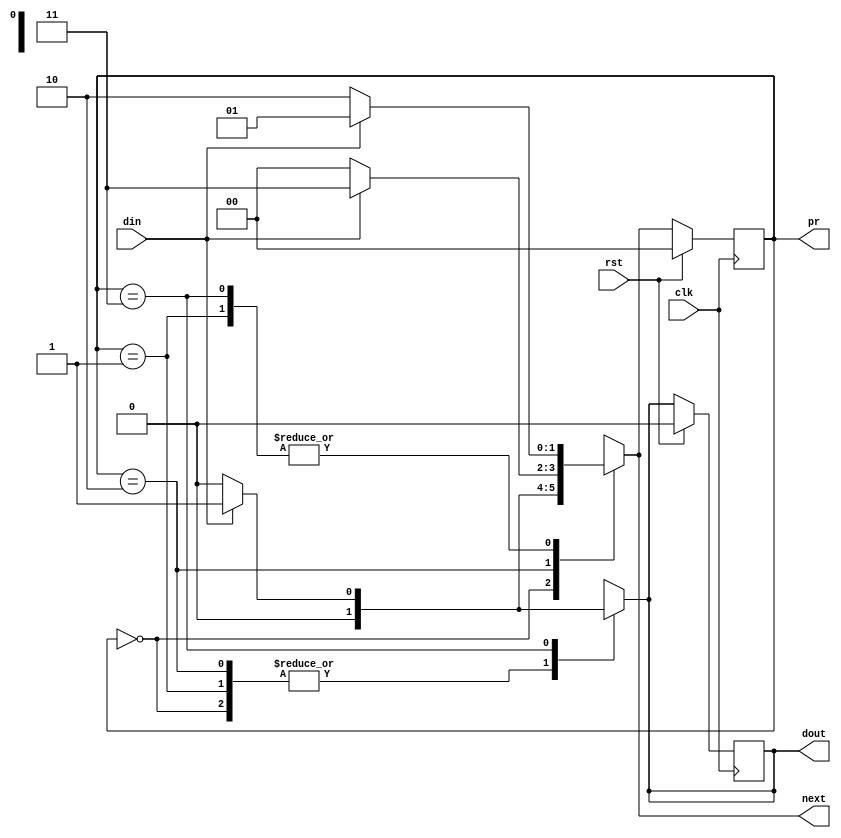
//mealey 101 overlapping
module mealey(clk,rst,din,dout,pr,next);
  input clk,rst,din;
  output reg dout;
  output reg [1:0] pr,next;
  parameter idle=2'b00, st1=2'b01, st10=2'b10, st101=2'b11;
  always@(posedge clk) begin
    if(rst) begin
      pr<=idle;
      dout<=0;
    end else
        pr<=next;
  end
  always@(pr,din) begin
    case(pr)
      idle:if(din) begin
        next=st1;
        dout=0;
      end else begin
        next=idle;
        dout=0;
        end
        st1:if(din) begin
          next=st1;
          dout=0;
        end else begin
          next=st10;
          dout=0;
        end
        st10: if(din) begin
          next=st101;
          dout=0;
        end else begin
          next=idle;
          dout=0;
        end
        st101: if(din) begin
          next=st1;
          dout=1;
        end else begin
          next=st10;
          dout=0;
        end
        default: begin
          next=idle;
          dout=0;
        end
      endcase
      end
endmodule